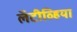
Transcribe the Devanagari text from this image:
लॅटीव्हिया